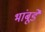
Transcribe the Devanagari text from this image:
भांबूर्डे